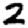
Digit: 2